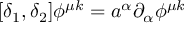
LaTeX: [ \delta _ { 1 } , \delta _ { 2 } ] \phi ^ { \mu k } = a ^ { \alpha } \partial _ { \alpha } \phi ^ { \mu k }